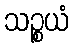
သဉ္စယံ